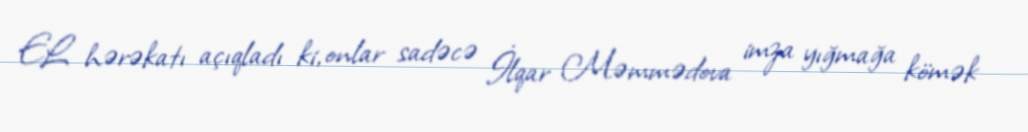
EL hərəkatı açıqladı ki, onlar sadəcə İlqar Məmmədova imza yığmağa kömək